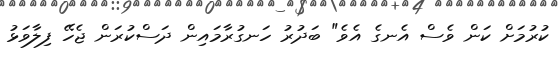
ކުރުމަށް ކަން ވެސް އެނގެ އެވެ" ބަދުރު ހަނގުރާމައިން ދަސްކުރަން ޖެހޭ ފިލާވަޅު